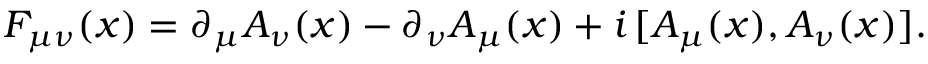
F _ { \mu \nu } ( x ) = \partial _ { \mu } A _ { \nu } ( x ) - \partial _ { \nu } A _ { \mu } ( x ) + i \, [ A _ { \mu } ( x ) , A _ { \nu } ( x ) ] .